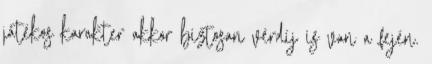
játékos karakter akkor biztosan vérdíj is van a fején.